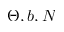
\Theta , b , N